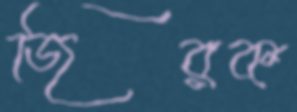
জিরক